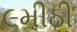
૯મીઠી